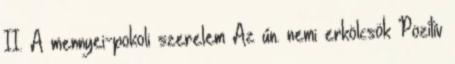
II. A mennyei-pokoli szerelem Az ún. nemi erkölcsök Pozitív